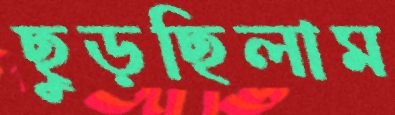
ছুড়ছিলাম